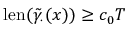
\mathrm { l e n } ( \tilde { \gamma } _ { \cdot } ( x ) ) \geq c _ { 0 } T